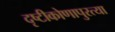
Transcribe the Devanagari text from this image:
दृष्टीकोणापुरत्या